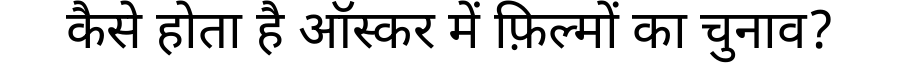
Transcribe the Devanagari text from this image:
कैसे होता है ऑस्कर में फ़िल्मों का चुनाव?